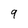
Character: 9